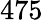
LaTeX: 475